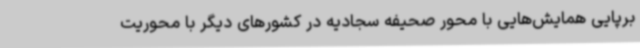
برپایی همایش‌هایی با محور صحیفه سجادیه در کشورهای دیگر با محوریت